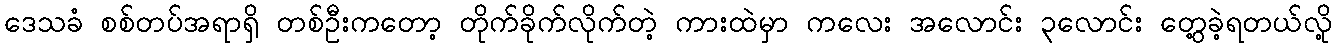
ဒေသခံ စစ်တပ်အရာရှိ တစ်ဦးကတော့ တိုက်ခိုက်လိုက်တဲ့ ကားထဲမှာ ကလေး အလောင်း ၃လောင်း တွေ့ခဲ့ရတယ်လို့